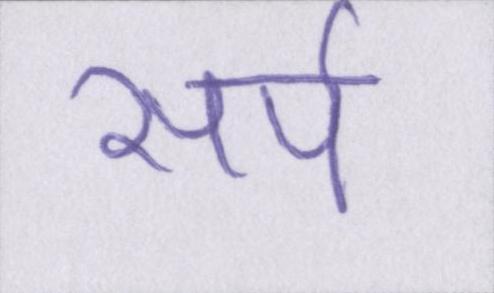
सर्प